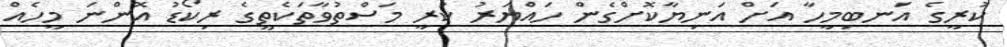
ކުރީގެ އަނބިމީހާ އަށް އަނިޔާކޮށްގެން ހައްޔަރު ކުރީ މަސްތުވާތަކެތީގެ ރިކޯޑު އޮންނަ މީހެއް